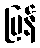
မြန်